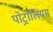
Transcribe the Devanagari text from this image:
पोट्रोलियम